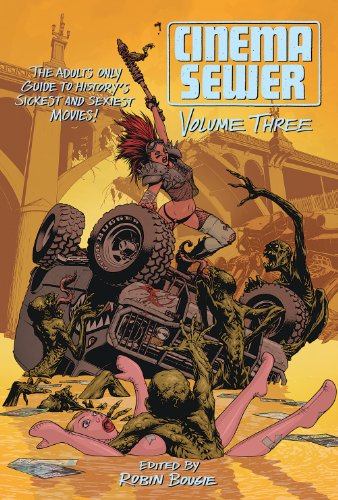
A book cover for Cinema Sewer Volume 3: The Adults Only Guide to History's Sickest and Sexiest Movies!; Comics & Graphic Novels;